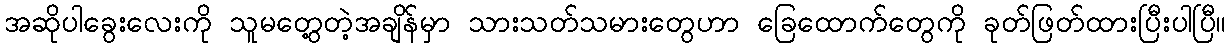
အဆိုပါခွေးလေးကို သူမတွေ့တဲ့အချိန်မှာ သားသတ်သမားတွေဟာ ခြေထောက်တွေကို ခုတ်ဖြတ်ထားပြီးပါပြီ။